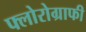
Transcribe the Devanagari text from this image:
फ्लोरोग्राफी